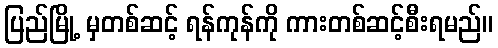
ပြည်မြို့ မှတစ်ဆင့် ရန်ကုန်ကို ကားတစ်ဆင့်စီးရမည်။